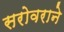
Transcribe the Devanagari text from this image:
सरोवराने